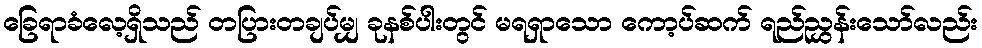
ခြေရာခံလေ့ရှိသည် တပြားတချပ်မျှ ခုနစ်ပါးတွင် မရရှာသော ကော့ပ်ဆက် ရည်ညွှန်းသော်လည်း